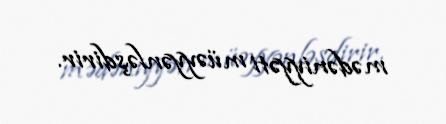
mədəniyyəti müəyyənləşdirir.